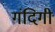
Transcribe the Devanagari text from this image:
गंदिगी